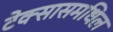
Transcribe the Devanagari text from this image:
टेक्सासमधिल